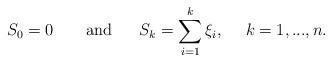
LaTeX: \begin{align*} S_0=0 \ \ \ \ \ \ \textrm{and} \ \ \ \ \ S_k=\sum_{i=1}^k\xi _i,\ \ \ \ k=1,...,n.\end{align*}